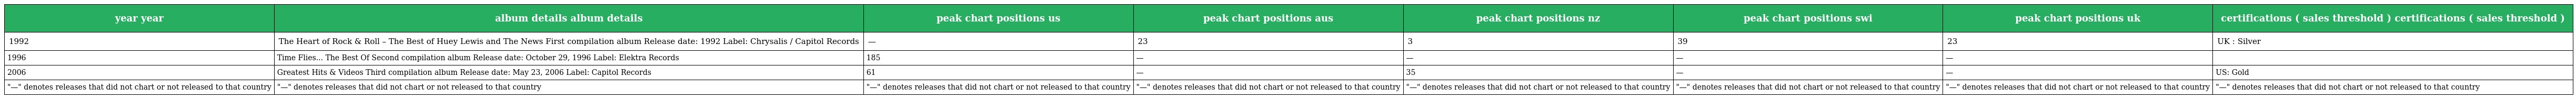
| year year | album details album details | peak chart positions us | peak chart positions aus | peak chart positions nz | peak chart positions swi | peak chart positions uk | certifications ( sales threshold ) certifications ( sales threshold ) |
 | --- | --- | --- | --- | --- | --- | --- | --- |
 | 1992 | The Heart of Rock & Roll – The Best of Huey Lewis and The News First compilation album Release date: 1992 Label: Chrysalis / Capitol Records | — | 23 | 3 | 39 | 23 | UK : Silver |
 | 1996 | Time Flies... The Best Of Second compilation album Release date: October 29, 1996 Label: Elektra Records | 185 | — | — | — | — |  |
 | 2006 | Greatest Hits & Videos Third compilation album Release date: May 23, 2006 Label: Capitol Records | 61 | — | 35 | — | — | US: Gold |
 | "—" denotes releases that did not chart or not released to that country | "—" denotes releases that did not chart or not released to that country | "—" denotes releases that did not chart or not released to that country | "—" denotes releases that did not chart or not released to that country | "—" denotes releases that did not chart or not released to that country | "—" denotes releases that did not chart or not released to that country | "—" denotes releases that did not chart or not released to that country | "—" denotes releases that did not chart or not released to that country |